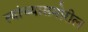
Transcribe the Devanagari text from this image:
त्यांच्यासमोरील